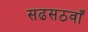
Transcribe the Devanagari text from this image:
सढसठवाँ